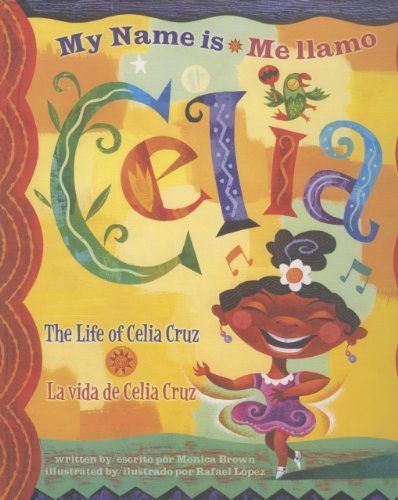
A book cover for My Name is Celia/Me llamo Celia: The Life of Celia Cruz/la vida de Celia Cruz (Americas Award for Children's and Young Adult Literature. Winner) (English, Multilingual and Spanish Edition); Monica Brown; Children's Books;